Scottish Leaving Certificate Examination, 1958
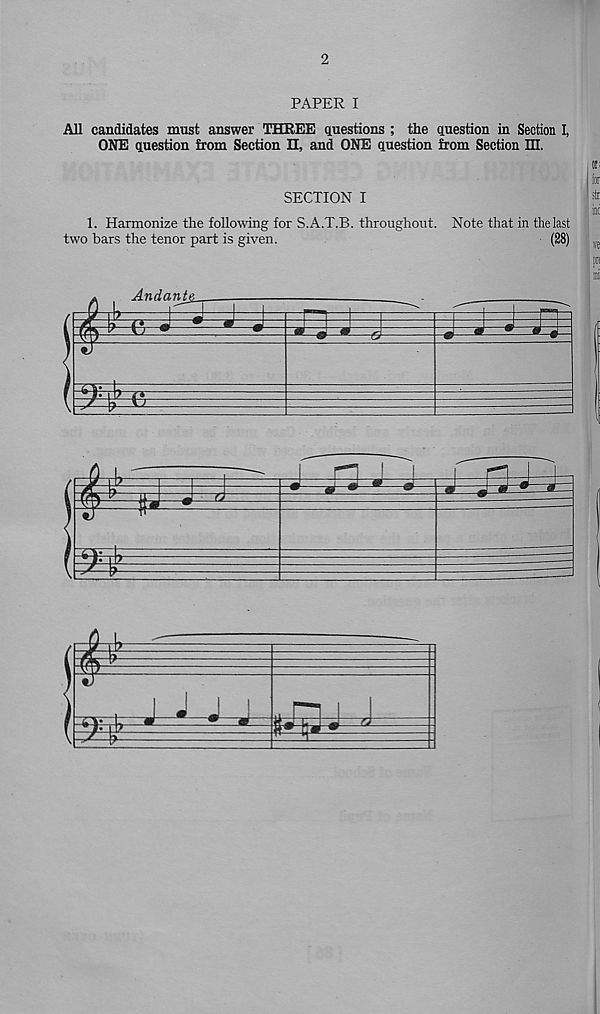
2
PAPER I
All candidates must answer THREE questions ; the question in Section I,
ONE question from Section H, and ONE question from Section HI.
SECTION I
1. Harmonize the following for S.A.T.B. throughout. Note that in the last
two bars the tenor part is given.
(28)